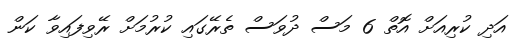
އަދި ކުރިއަށް އޮތް 6 މަސް ދުވަސް ތެރޭގައި ކުރުމަށް ރޭވިފައިވާ ކަން